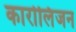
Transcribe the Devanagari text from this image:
कारोलिंजन